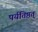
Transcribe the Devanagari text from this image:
पर्यतिष्ठत्